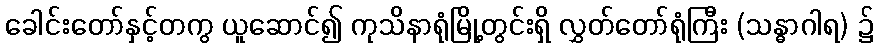
ခေါင်းတော်နှင့်တကွ ယူဆောင်၍ ကုသိနာရုံမြို့တွင်းရှိ လွှတ်တော်ရုံကြီး (သန္ဓာဂါရ) ၌